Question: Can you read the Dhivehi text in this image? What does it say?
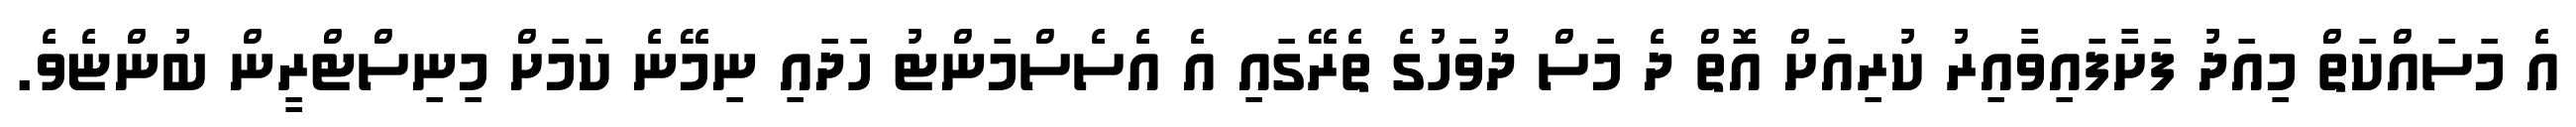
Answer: އެ މަސައްކަތް މިއަދު ފަށާފައިވާއިރު ކުރިއަށް އޮތް ދެ މަސް ދުވަހުގެ ތެރޭގައި އެ އެސެސްމަންޓު ހަދައި ނިމޭނެ ކަމަށް މިނިސްޓްރީން ބުންޏެވެ.